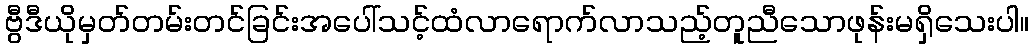
ဗွီဒီယိုမှတ်တမ်းတင်ခြင်းအပေါ်သင့်ထံလာရောက်လာသည့်တူညီသောဖုန်းမရှိသေးပါ။